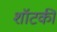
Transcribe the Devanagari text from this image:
शॉटकी